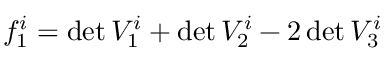
f _ { 1 } ^ { i } = \operatorname* { d e t } V _ { 1 } ^ { i } + \operatorname* { d e t } V _ { 2 } ^ { i } - 2 \operatorname* { d e t } V _ { 3 } ^ { i }